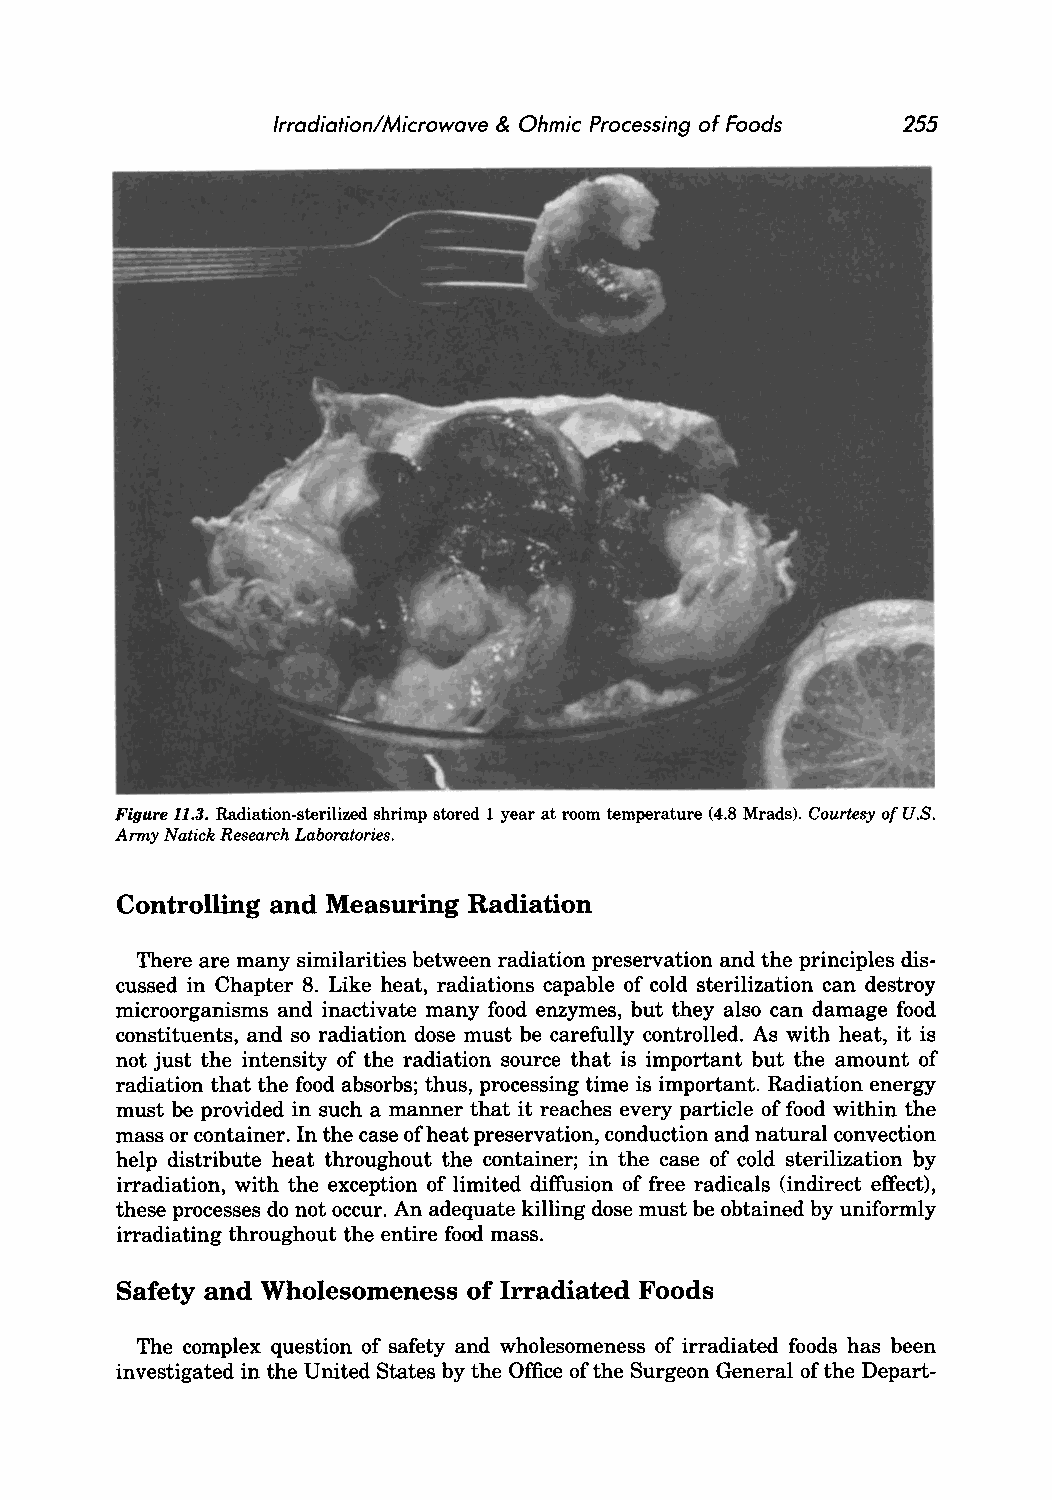
Irradiation/Microwave & Ohmic Processing of Foods 255
 u.s.
 Figure 11.3. Radiation·sterilized shrimp stored 1 year at room temperature (4.8 Mrads). Courtesy of
 Army Natick Research Laboratories.
 Controlling and Measuring Radiation
 There are many similarities between radiation preservation and the principles dis
 cussed in Chapter 8. Like heat, radiations capable of cold sterilization can destroy
 microorganisms and inactivate many food enzymes, but they also can damage food
 constituents, and so radiation dose must be carefully controlled. As with heat, it is
 not just the intensity of the radiation source that is important but the amount of
 radiation that the food absorbs; thus, processing time is important. Radiation energy
 must be provided in such a manner that it reaches every particle of food within the
 mass or container. In the case of heat preservation, conduction and natural convection
 help distribute heat throughout the container; in the case of cold sterilization by
 irradiation, with the exception of limited diffusion of free radicals (indirect effect),
 these processes do not occur. An adequate killing dose must be obtained by uniformly
 irradiating throughout the entire food mass.
 Safety and Wholesomeness of Irradiated Foods
 The complex question of safety and wholesomeness of irradiated foods has been
 investigated in the United States by the Office of the Surgeon General of the Depart-